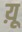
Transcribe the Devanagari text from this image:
य़ू